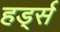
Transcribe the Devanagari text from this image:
हर्ड्स